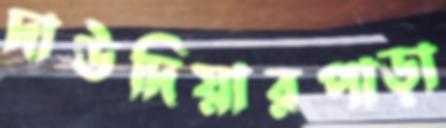
দাউদিয়ারপাড়া